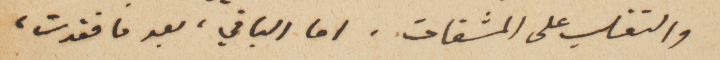
والتغلب على المشقات. اما الباقي، بعد ما فقدت،